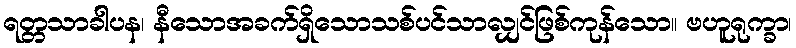
ရတ္တသာခါပန၊ နီသောအခက်ရှိသောသစ်ပင်သာလျှင်ဖြစ်ကုန်သော။ ဗဟူရုက္ခာ၊